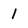
Character: I